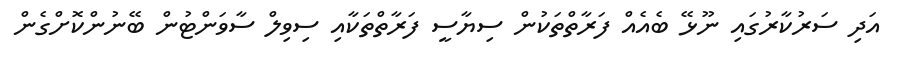
އަދި ސަރުކާރުގައި ނޫޅޭ ބެއެއް ފަރާތްތަކުން ސިޔާސީ ފަރާތްތަކާއި ސިވިލް ސާވަންޓުން ބޭނުންކޮށްގެން